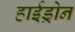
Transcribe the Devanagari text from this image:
हाईड्रोन